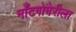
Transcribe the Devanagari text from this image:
माँटगोमेरीला